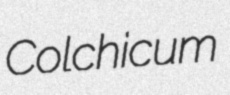
Colchicum